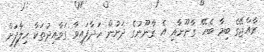
ރާއްޖޭގެ ބިމާ ބެހޭ ގާނޫނާއި އެ ގާނޫނުގެ ދަށުން ހަދާފައިވާ ގަވާއިދުތަކާ ހިލާފަށް